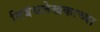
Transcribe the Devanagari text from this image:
निबंधलेखकाच्या